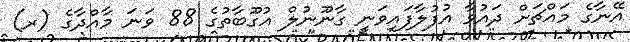
އޭނާގެ މައްޗަށް ދައުވާ އުފުލާފައިވަނީ ގާނޫނުލް އުގޫބާތުގެ 88 ވަނަ މާއްދާގެ (ރ)